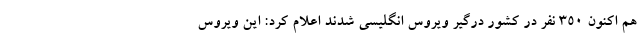
هم اکنون ۳۵۰ نفر در کشور درگیر ویروس انگلیسی شدند اعلام کرد: این ویروس